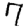
Digit: 7